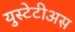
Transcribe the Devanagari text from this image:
युस्टेटीअस